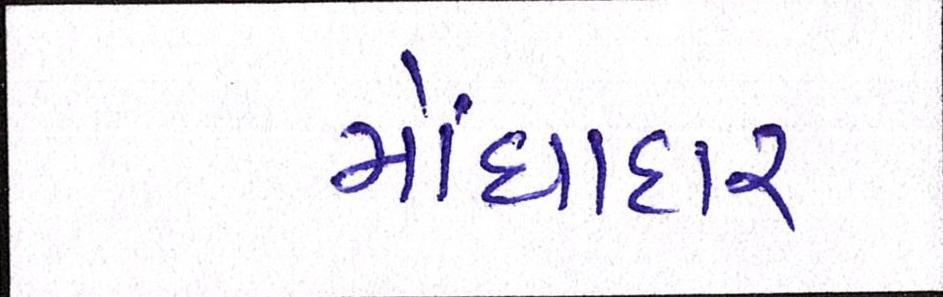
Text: મોંઘાદાટ